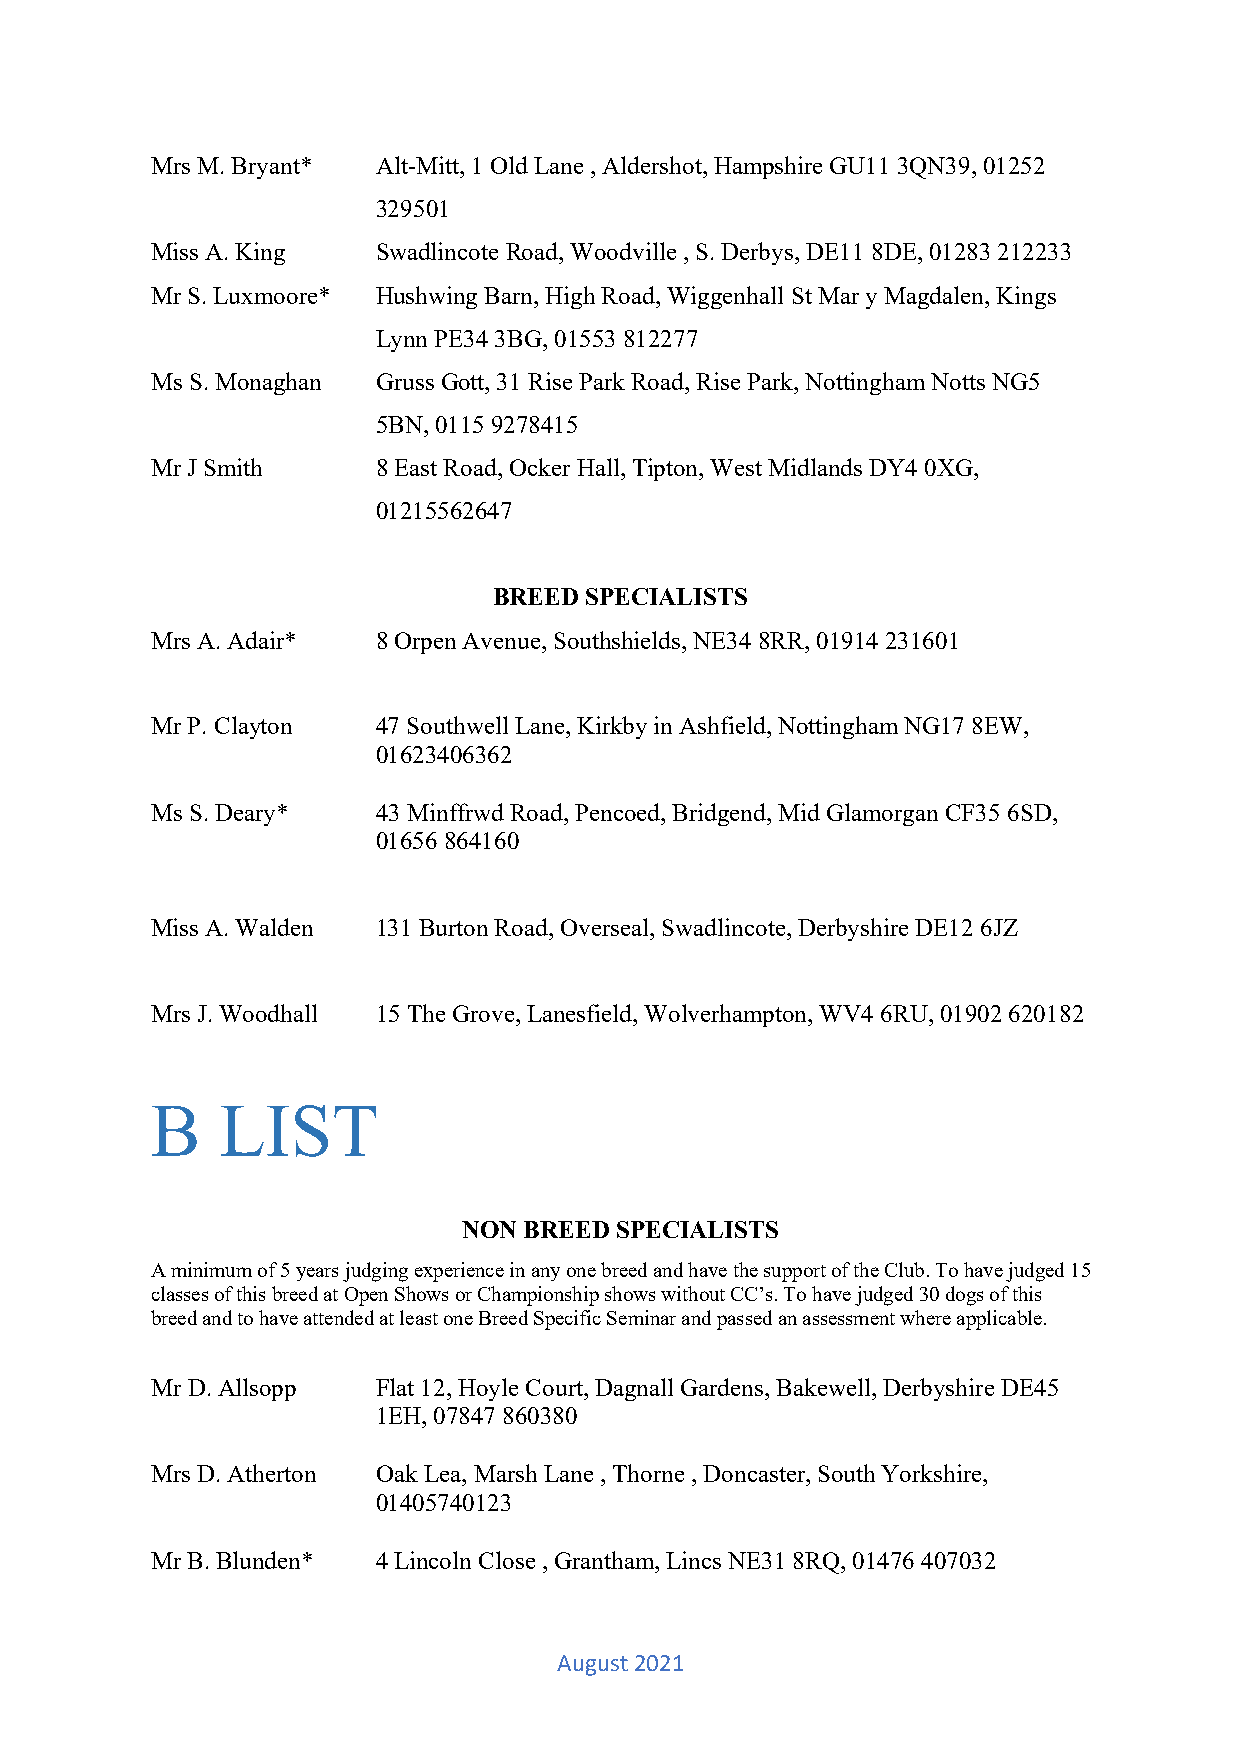
Mrs M. Bryant* Alt-Mitt, 1 Old Lane , Aldershot, Hampshire GU11 3QN39, 01252
 329501
 Miss A. King   Swadlincote Road, Woodville , S. Derbys, DE11 8DE, 01283 212233
 Mr S. Luxmoore* Hushwing Barn, High Road, Wiggenhall St Mar y Magdalen, Kings
 Lynn PE34 3BG, 01553 812277
 Ms S. Monaghan Gruss Gott, 31 Rise Park Road, Rise Park, Nottingham Notts NG5
 5BN, 0115 9278415
 Mr J Smith     8 East Road, Ocker Hall, Tipton, West Midlands DY4 0XG,
 01215562647
 BREED SPECIALISTS
 Mrs A. Adair*  8 Orpen Avenue, Southshields, NE34 8RR, 01914 231601
 Mr P. Clayton  47 Southwell Lane, Kirkby in Ashfield, Nottingham NG17 8EW,
 01623406362
 Ms S. Deary*   43 Minffrwd Road, Pencoed, Bridgend, Mid Glamorgan CF35 6SD,
 01656 864160
 Miss A. Walden 131 Burton Road, Overseal, Swadlincote, Derbyshire DE12 6JZ
 Mrs J. Woodhall 15 The Grove, Lanesfield, Wolverhampton, WV4 6RU, 01902 620182
 B    LIST
 NON BREED SPECIALISTS
 A minimum of 5 years judging experience in any one breed and have the support of the Club. To have judged 15
 classes of this breed at Open Shows or Championship shows without CC’s. To have judged 30 dogs of this
 breed and to have attended at least one Breed Specific Seminar and passed an assessment where applicable.
 Mr D. Allsopp  Flat 12, Hoyle Court, Dagnall Gardens, Bakewell, Derbyshire DE45
 1EH, 07847 860380
 Mrs D. Atherton Oak Lea, Marsh Lane , Thorne , Doncaster, South Yorkshire,
 01405740123
 Mr B. Blunden* 4 Lincoln Close , Grantham, Lincs NE31 8RQ, 01476 407032
 August 2021